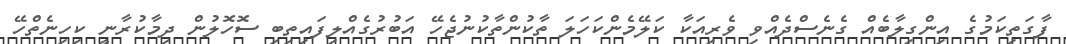
ފާގަތިކަމުގެ އިންގިލާބެއް ގެނެސްދެއްވި ވެރިއަކާ ކަލޭމެންކަހަލަ ތާކުންތާކުނުޖެހޭ އަބުރުގެއްލިފައިތިބި ސޮހޮލުން ދިމާކުރާނީ ކިހިނެތްހޭ